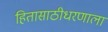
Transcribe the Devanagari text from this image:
हितासाठीधरणाला